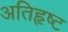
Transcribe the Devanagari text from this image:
अतिहृष्ट